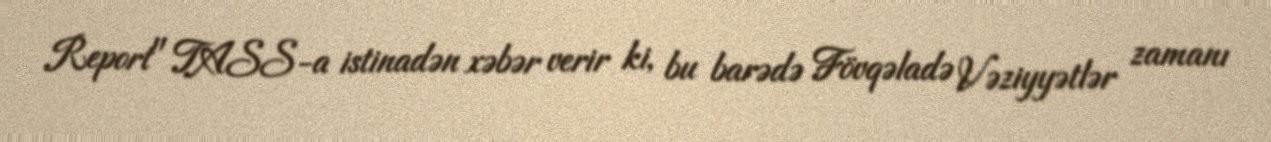
Report" TASS-a istinadən xəbər verir ki, bu barədə Fövqəladə Vəziyyətlər zamanı